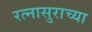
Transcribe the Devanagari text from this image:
रत्नासुराच्या